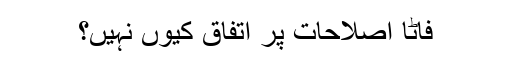
فاٹا اصلاحات پر اتفاق کیوں نہیں؟